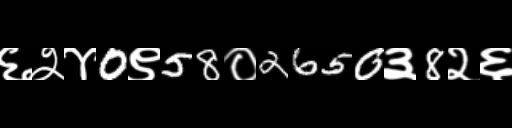
Text: ६२४0९58०2650३8२६